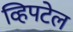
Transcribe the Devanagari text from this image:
व्हिपटेल